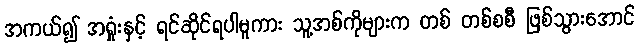
အကယ်၍ အရှုံးနှင့် ရင်ဆိုင်ရပါမူကား သူ့အစ်ကိုများက တစ် တစ်စစီ ဖြစ်သွားအောင်